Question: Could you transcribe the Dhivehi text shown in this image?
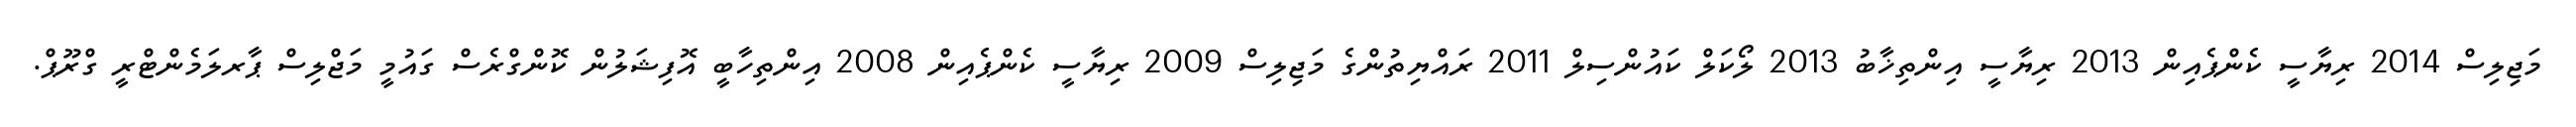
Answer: މަޖިލިސް 2014 ރިޔާސީ ކެންޕެއިން 2013 ރިޔާސީ އިންތިޚާބު 2013 ލޯކަލް ކައުންސިލް 2011 ރައްޔިތުންގެ މަޖިލިސް 2009 ރިޔާސީ ކެންޕެއިން 2008 އިންތިހާބީ އޮފިޝަލުން ކޮންގްރެސް ގައުމީ މަޖްލިސް ޕާރލަމެންޓްރީ ގްރޫޕް.